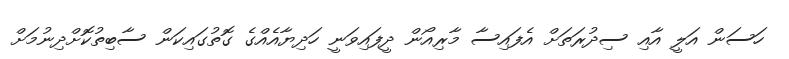
ހަސަން އަލީ އާއި ސިދުރަތަށް އެފައިސާ މާރިއޯން ދީފައިވަނީ ހަދިޔާއެއްގެ ގޮތުގައިކަން ސާބިތުކޮށްދިނުމަށް